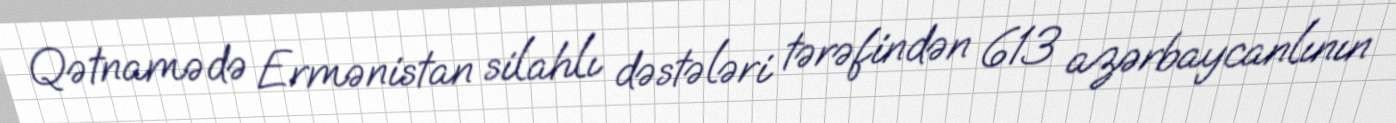
Qətnamədə Ermənistan silahlı dəstələri tərəfindən 613 azərbaycanlının